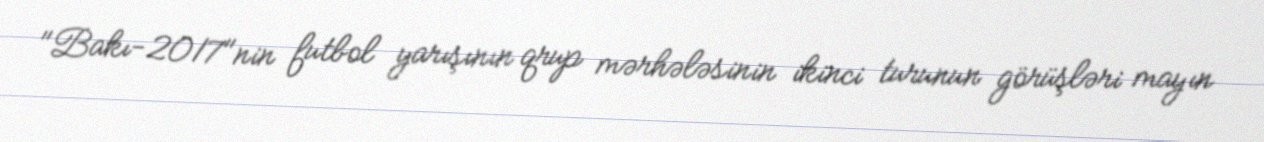
"Bakı-2017"nin futbol yarışının qrup mərhələsinin ikinci turunun görüşləri mayın